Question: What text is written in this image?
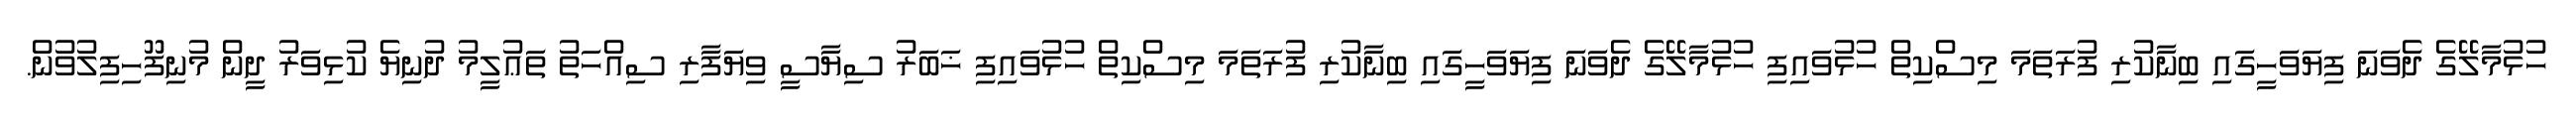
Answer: ހުޅުމާލޭގެ ދެވަނަ ފިޔަވަހީގައި ބިނާކުރި ފުރަތަމަ މިސްކިތް ހުޅުވައިފި ހުޅުމާލޭގެ ދެވަނަ ފިޔަވަހީގައި ބިނާކުރި ފުރަތަމަ މިސްކިތް ހުޅުވައިފި ޚަބަރު ސިޔާސީ ވިޔަފާރި ސިއްހަތު ތަޢުލީމު ދުނިޔެ ކުޅިވަރު ދީން މުނިފޫހިފިލުވުން.